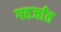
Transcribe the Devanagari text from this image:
गहर्जात